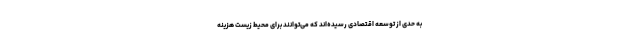
به حدی از توسعه اقتصادی رسیده‌اند که می‌توانند برای محیط زیست هزینه